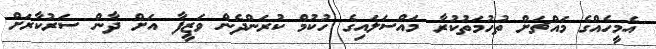
އެމީހެއްގެ މައްޗަށް ތުހުމަތުކުރާ މައްސަލައިގެ ހުކުމް ކުރަންދެން ވަޒީފާ އަށް ދާން ސަރުކާރަށް